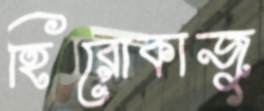
হিরোকাজু